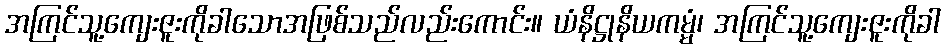
အကြင်သူ့ကျေးဇူးကိုခါသောအဖြစ်သည်လည်းကောင်း။ ယံနိဋ္ဌုနိယကမ္မံ၊ အကြင်သူ့ကျေးဇူးကိုခါ